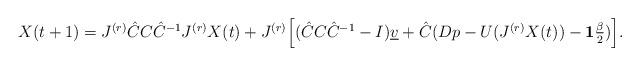
LaTeX: \begin{align*} \begin{array}{lll} X(t+1) = J^{(r)}\hat{C}C\hat{C}^{-1}J^{(r)}X(t) + J^{(r)}\Big[(\hat{C}C\hat{C}^{-1}-I)\underline{v} + \hat{C}(Dp - U(J^{(r)}X(t)) - \mathbf{1}\frac{\beta}{2})\Big]. \end{array} \end{align*}